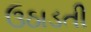
ઉઠાડતી